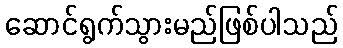
ဆောင်ရွက်သွားမည်ဖြစ်ပါသည်